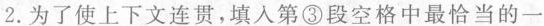
2.为了使上下文连贯,填入第③段空格中最恰当的一